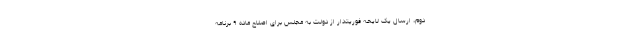
دوم، ارسال یک لایحه فوریتدار از دولت به مجلس برای اصلاح ماده ۹ برنامه